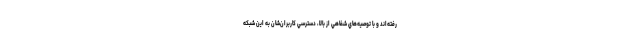
رفته‌اند و با توصيه‌هاي شفاهي از بالا، دسترسي كاربران‌شان به اين شبكه